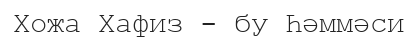
Хожа Хафиз - бу Һәммәси